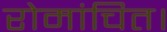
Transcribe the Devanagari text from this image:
रोमांचित।